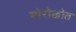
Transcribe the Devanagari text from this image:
मोरोक्कोत